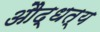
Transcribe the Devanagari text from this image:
औद्धत्य